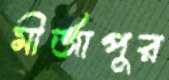
মীর্জাপুর